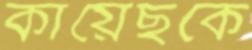
কায়েছকে